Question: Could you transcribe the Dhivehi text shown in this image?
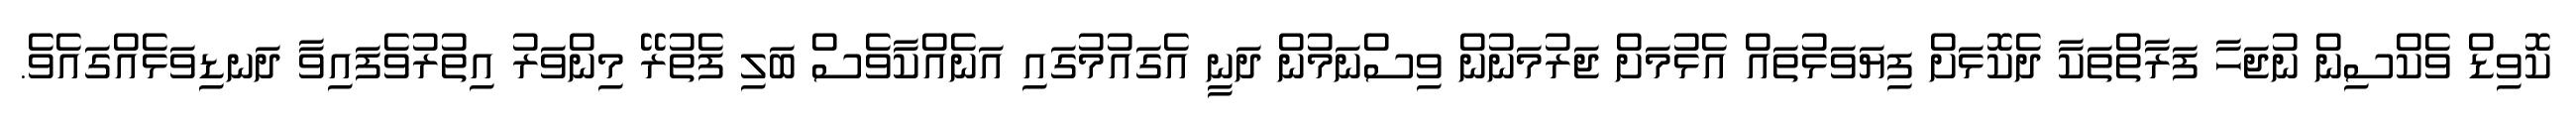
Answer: ކޮވިޑް ވެކްސިން ނުޖަހާ ފަރާތްތަކާ ދެކޮޅަށް ފިޔަވަޅުތައް އެޅުމަށް ޖަރުމަނުން ވިސްނަމުން ދަނީ އެގައުމުގައި އަނެއްކާވެސް ބަލި ފެތުރޭ މިންވަރު އިތުރުވެފައިވާ ދަނޑިވަޅެއްގައެވެ.